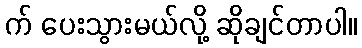
က် ပေးသွားမယ်လို့ ဆိုချင်တာပါ။